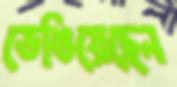
ভেঙিয়েছেন